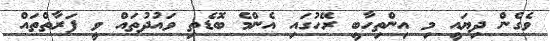
ވެގެން ދިޔައީ މި އިންތިހާބީ ރޭހުގައި އެންމެ ބޮޑެތި ވައުދުތައް ވީ ފަރާތްތައް